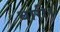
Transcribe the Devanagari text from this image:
धारी।